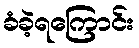
ခံခဲ့ရကြောင်း